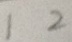
1 2